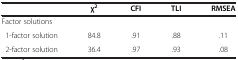
<table><thead><tr><td>[EMPTY_CELL]</td><td><b>χ<sup>2</sup></b></td><td><b>CFI</b></td><td><b>TLI</b></td><td><b>RMSEA</b></td></tr></thead><tbody><tr><td colspan="5">Factor solutions</td></tr><tr><td> 1-factor solution</td><td>84.8</td><td>.91</td><td>.88</td><td>.11</td></tr><tr><td> 2-factor solution</td><td>36.4</td><td>.97</td><td>.93</td><td>.08</td></tr></tbody></table>